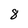
Character: 8